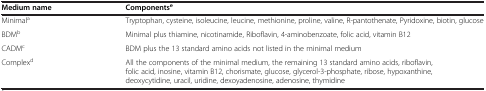
<table><thead><tr><td><b>Medium name</b></td><td><b>Components<sup>e</sup></b></td></tr></thead><tbody><tr><td>Minimal<sup>a</sup></td><td>Tryptophan, cysteine, isoleucine, leucine, methionine, proline, valine, R-pantothenate, Pyridoxine, biotin, glucose</td></tr><tr><td>BDM<sup>b</sup></td><td>Minimal plus thiamine, nicotinamide, Riboflavin, 4-aminobenzoate, folic acid, vitamin B12</td></tr><tr><td>CADM<sup>c</sup></td><td>BDM plus the 13 standard amino acids not listed in the minimal medium</td></tr><tr><td>Complex<sup>d</sup></td><td>All the components of the minimal medium, the remaining 13 standard amino acids, riboflavin, folic acid, inosine, vitamin B12, chorismate, glucose, glycerol-3-phosphate, ribose, hypoxanthine, deoxycytidine, uracil, uridine, dexoyadenosine, adenosine, thymidine</td></tr></tbody></table>